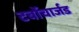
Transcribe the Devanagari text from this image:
टर्बोचार्जड